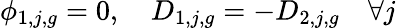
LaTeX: \phi_{1,j,g}=0,\quad D_{1,j,g}=-D_{2,j,g}\quad\forall j